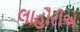
લાહૌરીએ